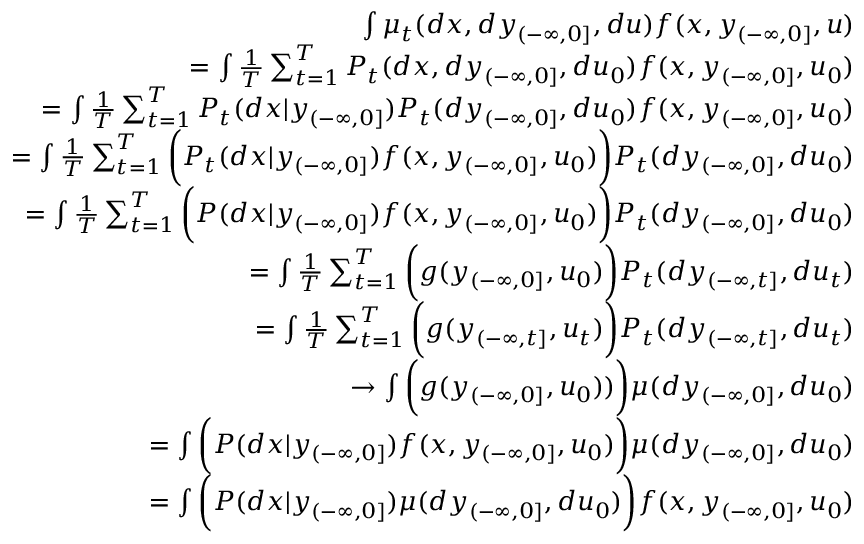
\begin{array} { r l r } & { } & { \int \mu _ { t } ( d x , d y _ { ( - \infty , 0 ] } , d u ) f ( x , y _ { ( - \infty , 0 ] } , u ) } \\ & { } & { = \int { \frac { 1 } { T } } \sum _ { t = 1 } ^ { T } P _ { t } ( d x , d y _ { ( - \infty , 0 ] } , d u _ { 0 } ) f ( x , y _ { ( - \infty , 0 ] } , u _ { 0 } ) } \\ & { } & { = \int { \frac { 1 } { T } } \sum _ { t = 1 } ^ { T } P _ { t } ( d x | y _ { ( - \infty , 0 ] } ) P _ { t } ( d y _ { ( - \infty , 0 ] } , d u _ { 0 } ) f ( x , y _ { ( - \infty , 0 ] } , u _ { 0 } ) } \\ & { } & { = \int { \frac { 1 } { T } } \sum _ { t = 1 } ^ { T } \bigg ( P _ { t } ( d x | y _ { ( - \infty , 0 ] } ) f ( x , y _ { ( - \infty , 0 ] } , u _ { 0 } ) \bigg ) P _ { t } ( d y _ { ( - \infty , 0 ] } , d u _ { 0 } ) } \\ & { } & { = \int { \frac { 1 } { T } } \sum _ { t = 1 } ^ { T } \bigg ( P ( d x | y _ { ( - \infty , 0 ] } ) f ( x , y _ { ( - \infty , 0 ] } , u _ { 0 } ) \bigg ) P _ { t } ( d y _ { ( - \infty , 0 ] } , d u _ { 0 } ) } \\ & { } & { = \int { \frac { 1 } { T } } \sum _ { t = 1 } ^ { T } \bigg ( g ( y _ { ( - \infty , 0 ] } , u _ { 0 } ) \bigg ) P _ { t } ( d y _ { ( - \infty , t ] } , d u _ { t } ) } \\ & { } & { = \int { \frac { 1 } { T } } \sum _ { t = 1 } ^ { T } \bigg ( g ( y _ { ( - \infty , t ] } , u _ { t } ) \bigg ) P _ { t } ( d y _ { ( - \infty , t ] } , d u _ { t } ) } \\ & { } & { \to \int \bigg ( g ( y _ { ( - \infty , 0 ] } , u _ { 0 } ) ) \bigg ) \mu ( d y _ { ( - \infty , 0 ] } , d u _ { 0 } ) } \\ & { } & { = \int \bigg ( P ( d x | y _ { ( - \infty , 0 ] } ) f ( x , y _ { ( - \infty , 0 ] } , u _ { 0 } ) \bigg ) \mu ( d y _ { ( - \infty , 0 ] } , d u _ { 0 } ) } \\ & { } & { = \int \bigg ( P ( d x | y _ { ( - \infty , 0 ] } ) \mu ( d y _ { ( - \infty , 0 ] } , d u _ { 0 } ) \bigg ) f ( x , y _ { ( - \infty , 0 ] } , u _ { 0 } ) } \end{array}